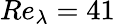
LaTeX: Re_{\lambda}=41